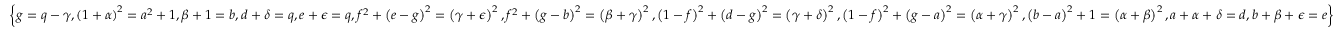
\left\{ g = q - \gamma , \left( 1 + \alpha \right) ^ { 2 } = { a } ^ { 2 } + 1 , \beta + 1 = b , d + \delta = q , e + \epsilon = q , { f } ^ { 2 } + \left( e - g \right) ^ { 2 } = \left( \gamma + \epsilon \right) ^ { 2 } , { f } ^ { 2 } + \left( g - b \right) ^ { 2 } = \left( \beta + { \gamma } \right) ^ { 2 } , \left( 1 - f \right) ^ { 2 } + \left( d - g \right) ^ { 2 } = \left( \gamma + \delta \right) ^ { 2 } , \left( 1 - f \right) ^ { 2 } + \left( g - a \right) ^ { 2 } = \left( \alpha + \gamma \right) ^ { 2 } , \left( b - a \right) ^ { 2 } + 1 = \left( \alpha + \beta \right) ^ { 2 } , a + \alpha + \delta = d , b + \beta + \epsilon = e \right\}